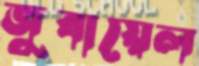
জুবায়েল